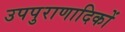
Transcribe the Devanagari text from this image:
उपपुराणादिकों